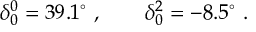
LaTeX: \delta _ { 0 } ^ { 0 } = 3 9 . 1 ^ { \circ } ~ , \qquad \delta _ { 0 } ^ { 2 } = - 8 . 5 ^ { \circ } ~ .